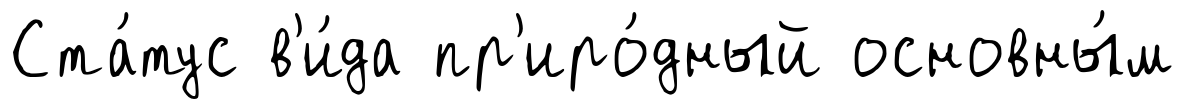
Ста́тус в'и́да пр'иро́дный основны́м